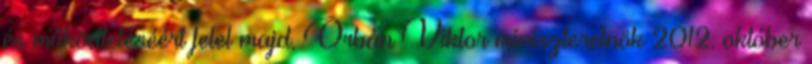
és működtetéséért felel majd. Orbán Viktor miniszterelnök 2012. október